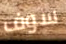
سوف